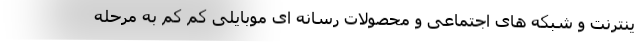
ینترنت و شبکه های اجتماعی و محصولات رسانه ای موبایلی کم کم به مرحله